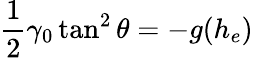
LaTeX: \frac{1}{2}\gamma_{0}\tan^{2}\theta=-g(h_{e})